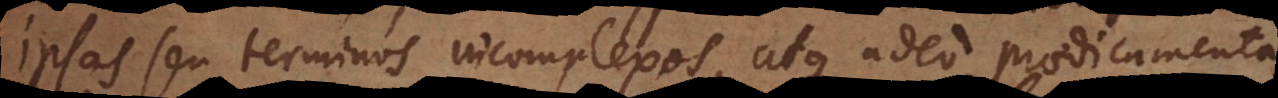
ipsas seu terminos incomplexos, atque adeo praedicamenta